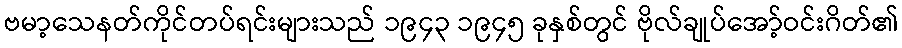
ဗမာ့သေနတ်ကိုင်တပ်ရင်းများသည် ၁၉၄၃ ၁၉၄၅ ခုနှစ်တွင် ဗိုလ်ချုပ်အော့်ဝင်းဂိတ်၏